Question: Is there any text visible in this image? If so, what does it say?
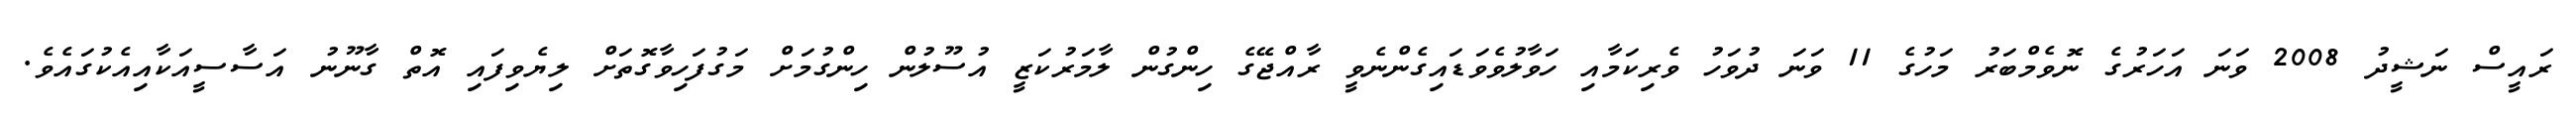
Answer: ރައީސް ނަޝީދު 2008 ވަނަ އަހަރުގެ ނޮވެމްބަރު މަހުގެ 11 ވަނަ ދުވަހު ވެރިކަމާއި ހަވާލުވެވަޑައިގެންނެވީ ރާއްޖޭގެ ހިންގުން ލާމަރުކަޒީ އުސޫލުން ހިންގުމަށް މަގުފަހިވާގޮތަށް ލިޔެވިފައި އޮތް ގާނޫނު އަސާސީއަކާއިއެކުގައެވެ.